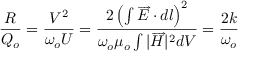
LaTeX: { \frac { R } { Q _ { o } } } = { \frac { V ^ { 2 } } { \omega _ { o } U } } = { \frac { 2 \left( \int { { \overrightarrow { E } } \cdot d l } \right) ^ { 2 } } { \omega _ { o } \mu _ { o } \int { | { \overrightarrow { H } } | ^ { 2 } d V } } } = { \frac { 2 k } { \omega _ { o } } }